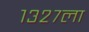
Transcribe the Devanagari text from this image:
१३२७ला